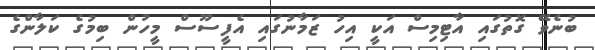
ބުނެވޭ ގޮތުގައި އާޓިމިސް އަކީ އިހު ޒަމާނުގައި އެފީސޫސް މީހުން ބިމުގެ ކަލާންގެ